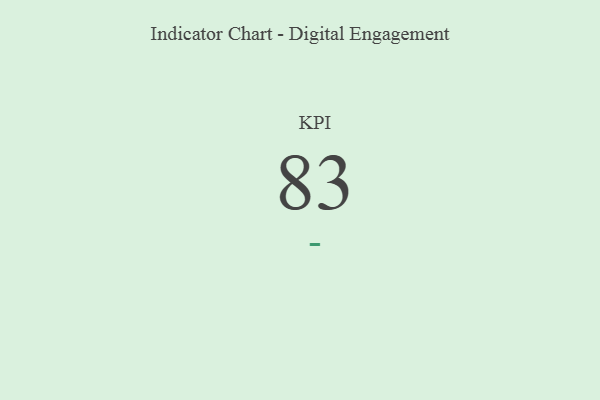
{"axis": {"x": "KPI", "y": "Value"}, "legend": [""], "data": [{"x": "KPI", "y": 83, "type": ""}]}